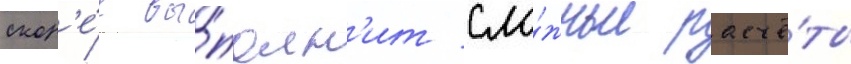
скор'е́е вы́полн'ит сло́жные расчё́ты